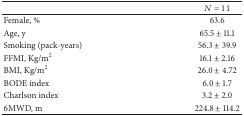
|  | N = 11 |
 | --- | --- |
 | Female, % | 63.6 |
 | Age, y | 65.5 ± 11.1 |
 | Smoking (pack-years) | 56.3 ± 39.9 |
 | FFMI, Kg/m2 | 16.1 ± 2.16 |
 | BMI, Kg/m2 | 26.0 ± 4.72 |
 | BODE index | 6.0 ± 1.7 |
 | Charlson index | 3.2 ± 2.0 |
 | 6MWD, m | 224.8 ± 114.2 |